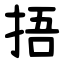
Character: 捂